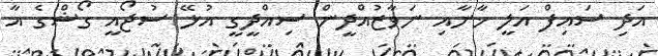
އަދި ސައިފް އަލީ ޚާނާއި ނަވާޒުއްދީން ސިއްދީގީ އުޅޭ ސުޖޯއީ ގޯޝްގެ އާ